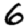
Digit: 6